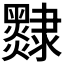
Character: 𨾄